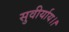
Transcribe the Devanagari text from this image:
सुवीर्याय।।